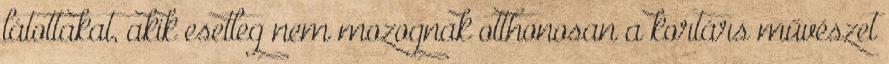
látottakat, akik esetleg nem mozognak otthonosan a kortárs művészet